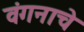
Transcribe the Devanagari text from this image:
वंगनाचे